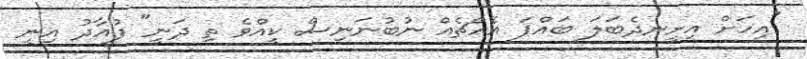
"އިހަށް އިށީނދެބަލަ ބައްޕަ އެއްޗެއް ނުބުނަނިސް ކީއްވެ ތި ދަނީ" ފުއާދު އިނީ